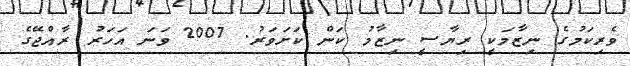
ވެރިކަމުގެ ނިޒާމަކީ ރިޔާސީ ނިޒާމު ކަން ކަށަވަރު. 2007 ވަނަ އަހަރު ރާއްޖޭގެ